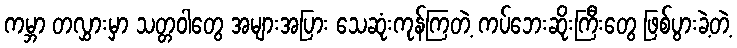
ကမ္ဘာ တလွှားမှာ သတ္တဝါတွေ အများအပြား သေဆုံးကုန်ကြတဲ့ ကပ်ဘေးဆိုးကြီးတွေ ဖြစ်ပွားခဲ့တဲ့